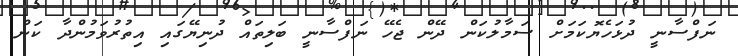
ނަފްސާނީ ދުޅަހެޔޮކަމަށް ސަމާލުކަން ދޭން ޖެހޭ ނަފްސާނީ ބަލިތައް ދުނިޔޭގައި އިތުރުވަމުންދާ ކަން